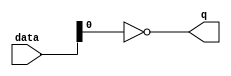
module  acl_fp_add_sub_fast_double_altpriority_encoder_n28
	( 
	data,
	q) ;
	input   [1:0]  data;
	output   [0:0]  q;
	assign
		q = {(~ data[0])};
endmodule